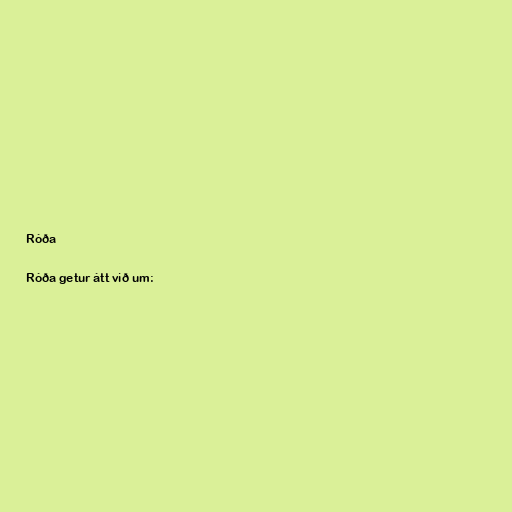
Róða

Róða getur átt við um: